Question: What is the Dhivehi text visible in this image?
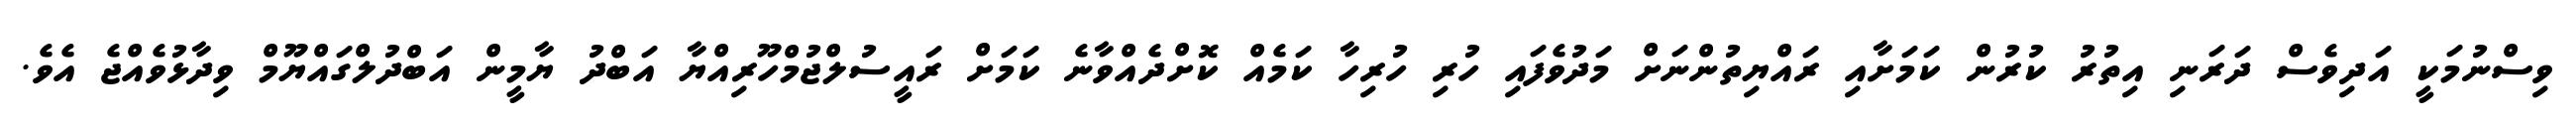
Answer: ވިސްނުމަކީ އަދިވެސް ދަރަނި އިތުރު ކުރުން ކަމަށާއި ރައްޔިތުންނަށް މަދުވެފައި ހުރި ހުރިހާ ކަމެއް ކޮށްދެއްވާނެ ކަމަށް ރައީސުލްޖުމްހޫރިއްޔާ އަބްދު ޔާމީން އަބްދުލްގައްޔޫމް ވިދާޅުވެއްޖެ އެވެ.